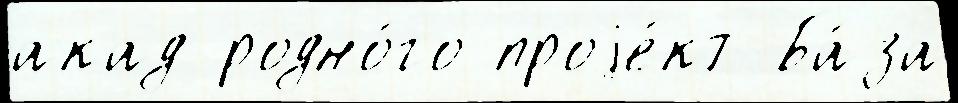
акад родно́го проjе́кт Ба́за